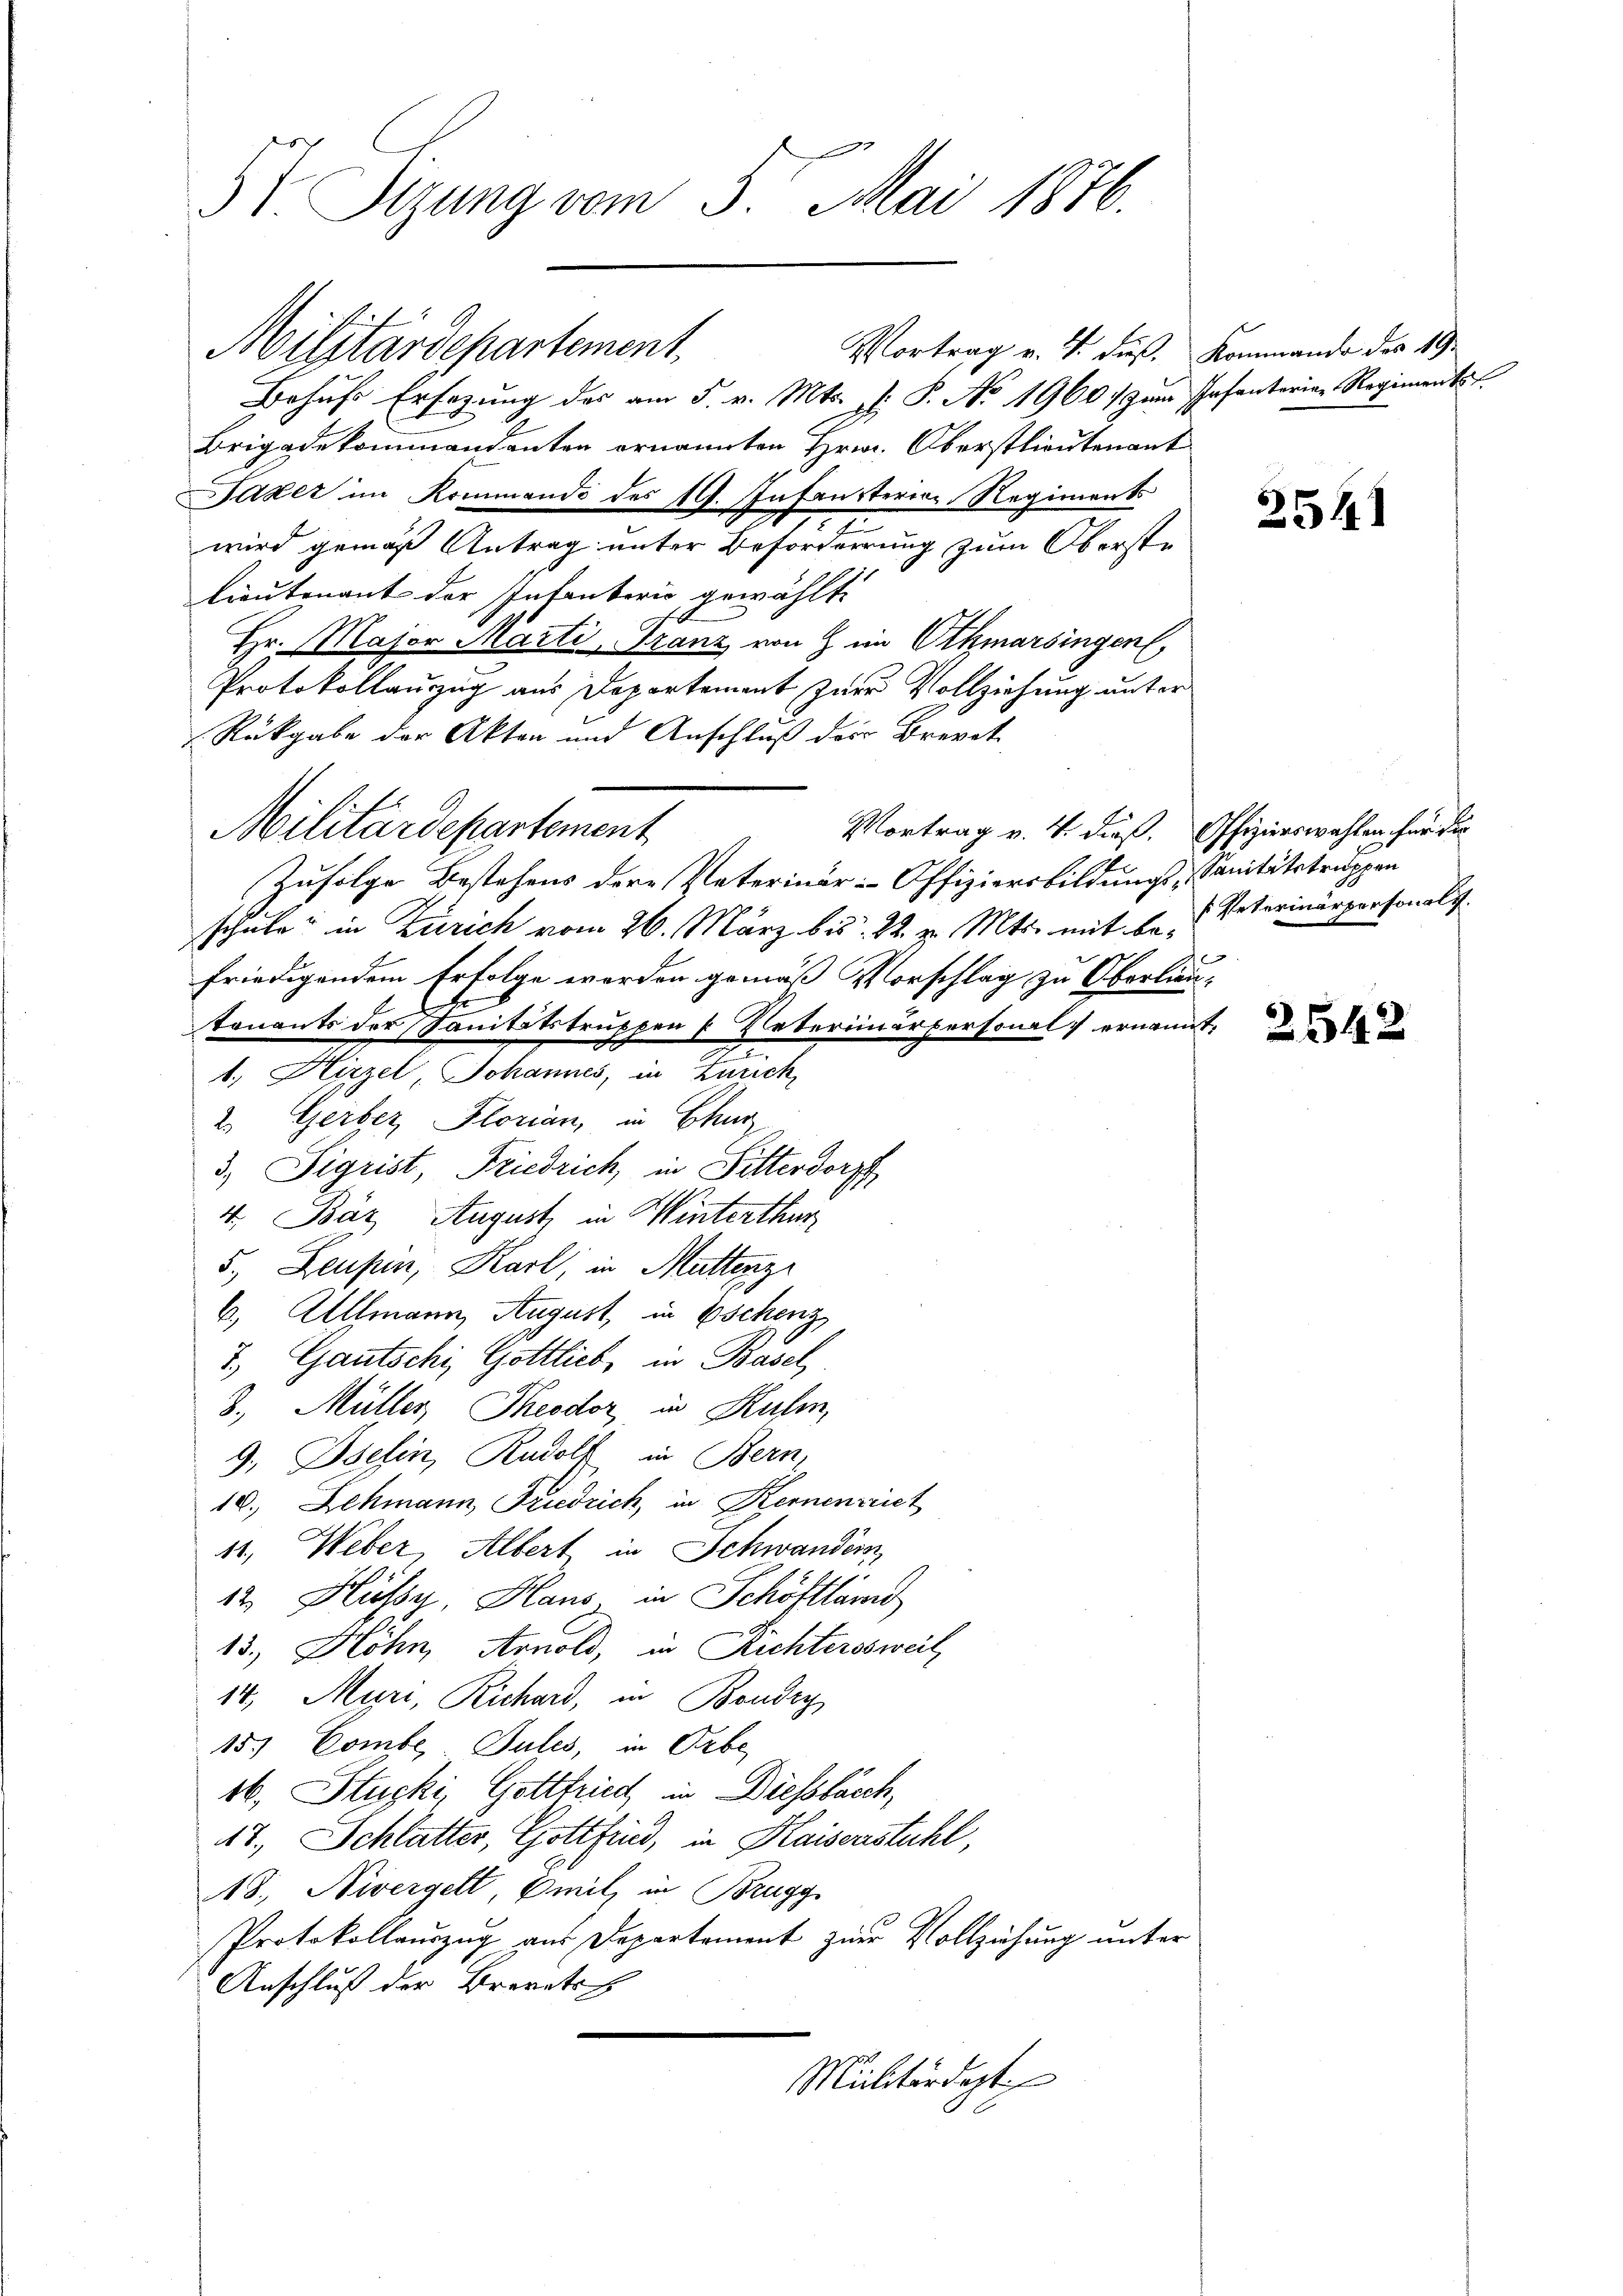
3 V. Otzung vom 3. Mai 1876.

Militärdepartement

Militärdepartement.
Vortrag v. 4. Fuß, Kommando des 19.
Behufs Ersezung des am 5. v. Mts. d. P. Nr. 1960. zum Infanteria Regimentst
Brigadekommandanten ernannten Hrn. Oberstlieutenant
Jaker im Kommando des 19. Infansterior Regiments
7
wird gemäß Antrag unter Beförderrung zum Oberste
Lieutenant der Infanterio gewählt:
Hr. Major Marti, Franz von im Othmarsingen,
Protokollauszug aus Departement zur Vollziehung unter¬
Rükgabe der Akten und Anschluß des Brevet
Vortrag v. 4. dieß. Offizierswahlen für die
Zufolge Bestehens dere Vaterinär-Offiziersbildungs-Canitätstruppen
schule in Zürich vom 26. März bis 22. v. Mts. mit de Peterinärpersonals.
friedigendem Erfolge worden gemäß Vorschlag zu Oberlieu¬
1
tonants der Sanitätstruppen u Reterinärpersonal ernannt,
h
2
1., Hirzel Johannes, in Zürich,
2. Gerber, Florian, in Chur
3) Sigrist, Friedrich, in Sitterdorff
4. Bär August, in Winterthur
5. Laupen, Karl, in Muttenz
6, Allmann August, in Eschenz
7. Gautschi, Gottlieb, in Basel,
8., Müller, Theodor in Kulm,
9., Iselin, Rudolf in Bern,
10. Lehmann, Friedrich, in Kernenreich
11., Weber, Albert in Schwandern
12. Hüssy, Haus in Schöftländ
15., Höhn, Arnold, in Richterssweil,
14; Muri, Richard, in Bondry
15.) Combe-Jules, in Orbe
46. Stucki, Gottfried in Diessbuch,
47., Schlatter, Gottfind, in Kaiserstuhl,
A8., Nivergelt, mit in Brugg
Protokollauszug aus Departement zur Vollziehung unter
Anschluß der Brevets
Militärdept

2541

2542